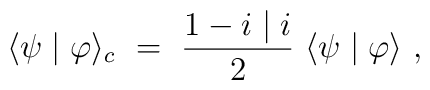
\langle \psi \mid  \varphi \rangle_c ~=~ \frac{1-i\mid i}{2}~\langle \psi \mid  \varphi \rangle~,